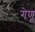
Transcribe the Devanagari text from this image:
गेणू